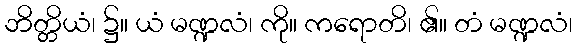
ဘိတ္တိယံ၊ ၌။ ယံ မဏ္ဍလံ၊ ကို။ ကရောတိ၊ ၏။ တံ မဏ္ဍလံ၊